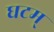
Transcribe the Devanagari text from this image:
घटम्